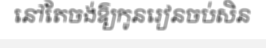
នៅតែចង់ឱ្យកូនរៀនចប់សិន